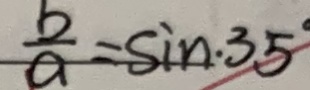
\frac { b } { a } = \sin \cdot 3 5 ^ { \circ }